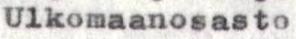
Ulkomaanosasto